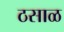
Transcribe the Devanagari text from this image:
ठसाळ